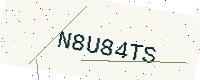
Text: N8U84TS